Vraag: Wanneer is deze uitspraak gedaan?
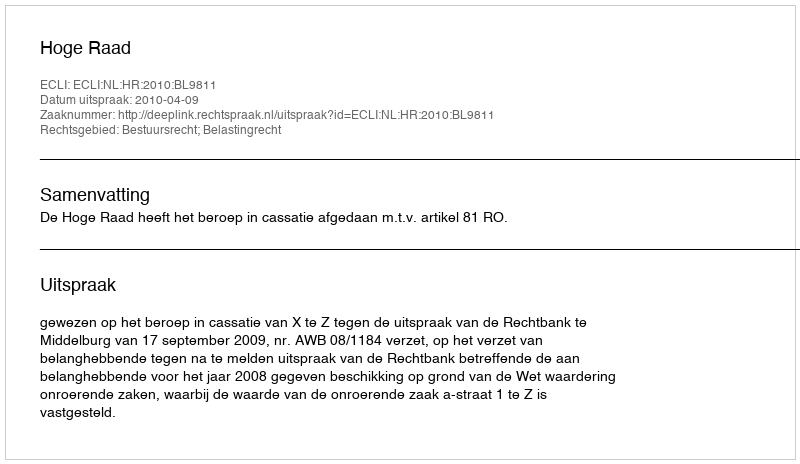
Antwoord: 2010-04-09